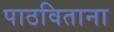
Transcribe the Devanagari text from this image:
पाठविताना